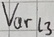
Text: Varl3